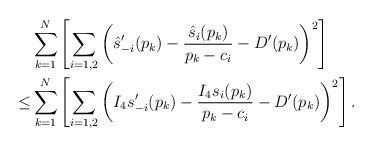
\begin{align*} & \sum_{k=1}^{N}\left[\sum_{i=1,2}\left(\hat{s}_{-i}'(p_{k})-\frac{\hat{s}_{i}(p_{k})}{p_{k}-c_{i}}-D'(p_{k})\right)^{2}\right] \\\le & \sum_{k=1}^{N}\left[\sum_{i=1,2}\left(I_{4}s_{-i}'(p_{k})-\frac{I_{4}s_{i}(p_{k})}{p_{k}-c_{i}}-D'(p_{k})\right)^{2}\right].\end{align*}